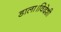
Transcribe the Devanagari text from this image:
डाला।विदेशी